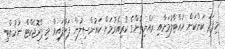
މިފަދަ ކަންކަން ހުއްޓާލުމަށާއި ރައްޔިތުންގެ ކުރިއެރުމަށް ކައުންސިލުން ފަށާފައިވާ މި ޕްރޮޖެކްޓް ނުހުއްޓި